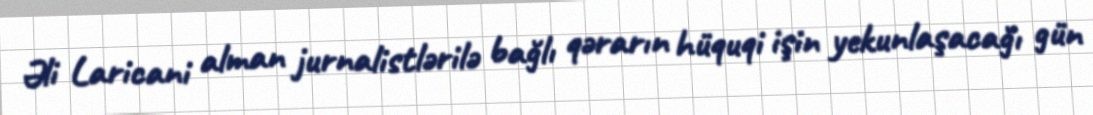
Əli Laricani alman jurnalistlərilə bağlı qərarın hüquqi işin yekunlaşacağı gün